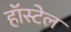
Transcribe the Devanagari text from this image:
हॉस्टेल